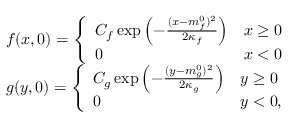
\begin{array} { r } { f ( x , 0 ) = \left\{ \begin{array} { l l } { C _ { f } \exp \left( - \frac { ( x - m _ { f } ^ { 0 } ) ^ { 2 } } { 2 \kappa _ { f } } \right) } & { x \ge 0 } \\ { 0 } & { x < 0 } \end{array} \right. } \\ { g ( y , 0 ) = \left\{ \begin{array} { l l } { C _ { g } \exp \left( - \frac { ( y - m _ { g } ^ { 0 } ) ^ { 2 } } { 2 \kappa _ { g } } \right) } & { y \ge 0 } \\ { 0 } & { y < 0 , } \end{array} \right. } \end{array}